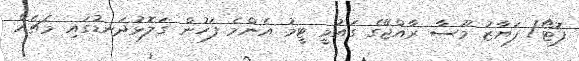
ފޮޓޯ/ ފަޔާޒު މޫސާ ރާއްޖޭގެ ގައުމީ ޓީމު އެންމެ ފަހުން ގަލޮޅުދަނޑުގައި މެޗެއް